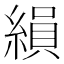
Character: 縜